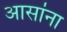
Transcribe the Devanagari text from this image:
आसांना